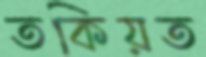
তকিয়ত